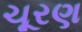
ચૂરણ